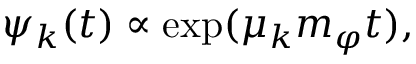
\psi _ { k } ( t ) \propto \exp ( \mu _ { k } m _ { \varphi } t ) ,